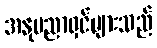
အနုပညာရှင်များသည်